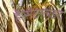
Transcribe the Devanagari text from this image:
है।सैटेलाइट